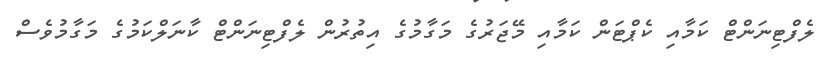
ލެފްޓިނަންޓް ކަމާއި ކެޕްޓަން ކަމާއި މޭޖަރުގެ މަގާމުގެ އިތުރުން ލެފްޓިނަންޓް ކާނަލްކަމުގެ މަގާމުވެސް